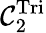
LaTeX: \mathcal{C}_{2}^{\mathrm{Tri}}